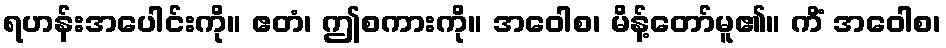
ရဟန်းအပေါင်းကို။ ဧတံ၊ ဤစကားကို။ အဝေါစ၊ မိန့်တော်မူ၏။ ကိံ အဝေါစ၊